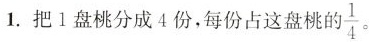
1.把1盘桃分成4份，每份占这张桃的\frac{1}{4}。